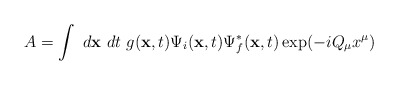
\begin{align*}A = \int~d{\bf x}~dt~ g({\bf x},t) \Psi_i ({\bf x},t) \Psi_f^{*} ({\bf x}, t) \exp(-i Q_{\mu} x^{\mu})\end{align*}